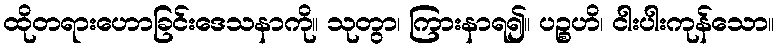
ထိုတရားဟောခြင်းဒေသနာကို။ သုတွာ၊ ကြားနာရ၍။ ပဉ္စဟိ၊ ငါးပါးကုန်သော။